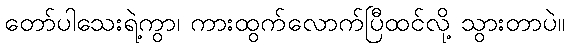
တော်ပါသေးရဲ့ကွာ၊ ကားထွက်လောက်ပြီထင်လို့ သွားတာပဲ။